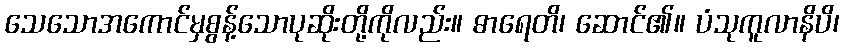
သေသောအကောင်မှစွန့်သောပုဆိုးတို့ကိုလည်း။ ဓာရေတိ၊ ဆောင်၏။ ပံသုကူလာနိပိ၊